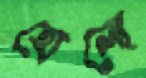
হোলো